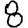
Digit: 8